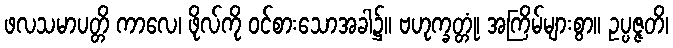
ဖလသမာပတ္တိ ကာလေ၊ ဖိုလ်ကို ဝင်စားသောအခါ၌။ ဗဟုက္ခတ္တုံ၊ အကြိမ်များစွာ။ ဥပ္ပဇ္ဇတိ၊